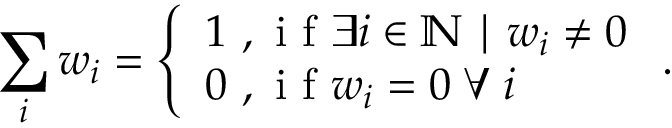
\sum _ { i } w _ { i } = \left\{ \begin{array} { l l } { 1 \mathrm { ~ , ~ i ~ f ~ } \exists i \in \mathbb { N } \mid w _ { i } \neq 0 } \\ { 0 \mathrm { ~ , ~ i ~ f ~ } w _ { i } = 0 \mathrel \forall i } \end{array} \right. .